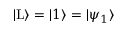
| \mathrm { L } \rangle = | 1 \rangle = | \psi _ { 1 } \rangle